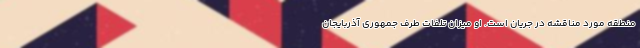
منطقه مورد مناقشه در جریان است. او میزان تلفات طرف جمهوری آذربایجان